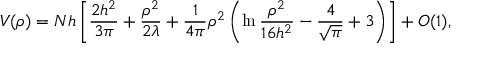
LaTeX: V ( \rho ) = N h \left[ \frac { 2 h ^ { 2 } } { 3 \pi } + { \frac { \rho ^ { 2 } } { 2 \lambda } } + { \frac { 1 } { 4 \pi } } \rho ^ { 2 } \left( \ln { \frac { \rho ^ { 2 } } { 1 6 h ^ { 2 } } } - { \frac { 4 } { \sqrt { \pi } } } + 3 \right) \right] + O ( 1 ) ,